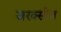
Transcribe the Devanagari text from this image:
जरक्सीज